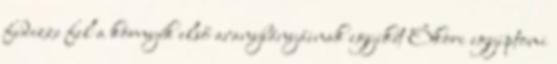
fedezze fel a környék első aranybányáinak egyikét Ókori egyiptomi